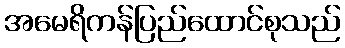
အမေရိကန်ပြည်ထောင်စုသည်